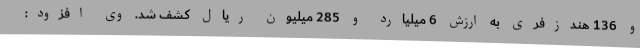
و 136 هندزفری به ارزش 6 میلیارد و 285 میلیون ریال کشف شد. وی افزود: